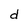
Character: d